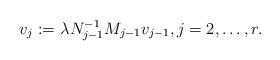
LaTeX: \begin{align*} v_j := \lambda^{} N_{j-1}^{-1} M_{j-1} v_{j-1}, j = 2, \ldots, r. \end{align*}